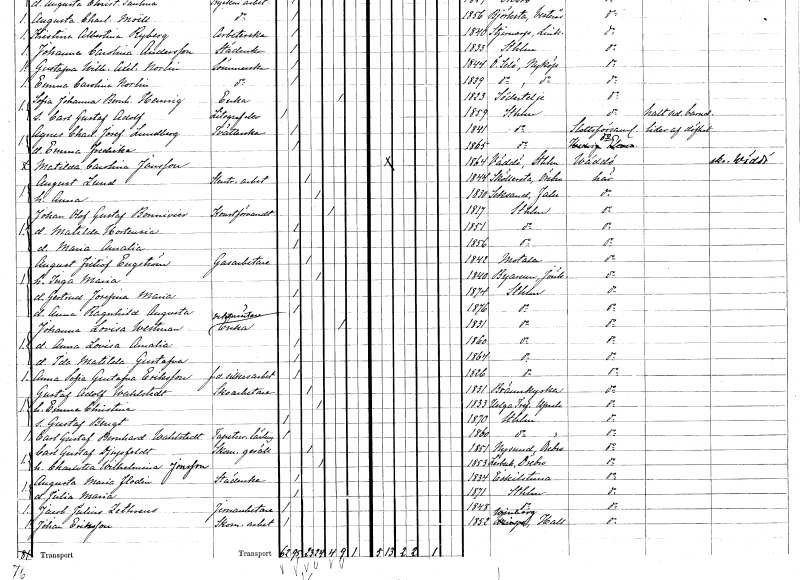
gt_parse: households: individuals: FN: Matilda Carolina
EN: Jansson
KON: K
CIV: O
FODAR: 1864
FODFORS: Väddö Stockholms län
FN: August
EN: Lund
YRKE: Stentryckeriarbetare
KON: M
CIV: G
FODAR: 1844
FODFORS: Sköllersta Örebro län
FN: Anna
KON: K
CIV: G
FODAR: 1830
FODFORS: Leksand Kopparbergs län
FN: Johan Olof Gustaf
EN: Bonnivier
YRKE: Konstförvandt
KON: M
CIV: E
FODAR: 1817
FODFORS: Stockholm
FN: Matilda Hortensia
KON: K
CIV: O
FODAR: 1851
FODFORS: Stockholm
FN: Maria Amalia
KON: K
CIV: O
FODAR: 1856
FODFORS: Stockholm
FN: August Fritiof
EN: Engström
YRKE: Gasarbetare
KON: M
CIV: G
FODAR: 1842
FODFORS: Motala Östergötlands län
FN: Inga Maria
KON: K
CIV: G
FODAR: 1840
FODFORS: Byarum Jönköpings län
FN: Gertrud Josefina Maria
KON: K
CIV: O
FODAR: 1874
FODFORS: Stockholm
FN: Anna Ragnhild Augusta
KON: K
CIV: O
FODAR: 1876
FODFORS: Stockholm
FN: Johanna Lovisa
EN: Westman
YRKE: Vaktmästareänka
KON: K
CIV: E
FODAR: 1831
FODFORS: Stockholm
FN: Anna Lovisa Amalia
KON: K
CIV: O
FODAR: 1860
FODFORS: Stockholm
FN: Ida Matilda Gustafva
KON: K
CIV: O
FODAR: 1864
FODFORS: Stockholm
FN: Anna Sofia Gustafva
EN: Eriksson
YRKE: Silkesarbeterska f.d.
KON: K
CIV: O
FODAR: 1826
FODFORS: Stockholm
FN: Gustaf Adolf
EN: Wahlstedt
YRKE: Skoarbetare
KON: M
CIV: G
FODAR: 1831
FODFORS: Brännkyrka Stockholms län
FN: Emma Christina
KON: K
CIV: G
FODAR: 1833
FODFORS: Helga Trefaldighet Uppsala län
FN: Gustaf Bengt
KON: M
CIV: O
FODAR: 1870
FODFORS: Stockholm
FN: Carl Gustaf Bernhard
EN: Wahlstedt
YRKE: Tapetserarelärling
KON: M
CIV: O
FODAR: 1860
FODFORS: Stockholm
FN: Carl Gustaf
EN: Djupfeldt
YRKE: Skomakaregesäll
KON: M
CIV: G
FODAR: 1851
FODFORS: Nysund Örebro län
FN: Charlotta Wilhelmina
EN: Jonsson
KON: K
CIV: G
FODAR: 1853
FODFORS: Lerbäck Örebro län
FN: Augusta Maria
EN: Flodin
YRKE: Städerska
KON: K
CIV: O
FODAR: 1834
FODFORS: Eskilstuna Södermanlands län
FN: Julia Maria
KON: K
CIV: O
FODAR: 1871
FODFORS: Stockholm
FN: Jacob Julius
EN: Zethreus
YRKE: Järnarbetare
KON: M
CIV: O
FODAR: 1848
FODFORS: Stockholm
FN: Johan
EN: Eriksson
YRKE: Skomakeriarbetare
KON: M
CIV: O
FODAR: 1852
FODFORS: Vinberg Hallands län